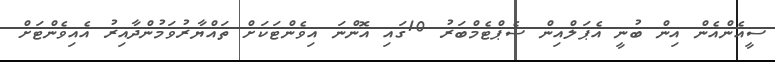
ސީއެންއެން އިން ބުނީ އެޕަލްއިން ސެޕްޓެމްބަރު 10ގައި އޮންނަ އިވެންޓަކަށް ތައްޔާރުވަމުންދާއިރު އެއިވެންޓަށް